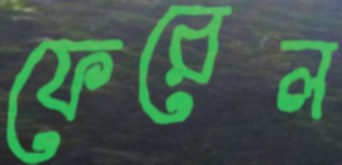
ফেরেল